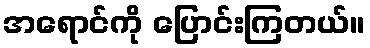
အရောင်ကို ပြောင်းကြတယ်။